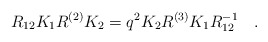
\begin{align*}R_{12} K_{1} R^{(2)} K_{2} = q^2 K_{2} R^{(3)} K_{1} R_{12}^{-1} \quad .\end{align*}